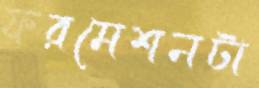
ফরমেশনটা